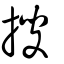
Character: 捜